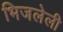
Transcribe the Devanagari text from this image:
भिजलेली